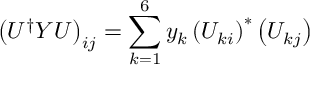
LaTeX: \left( U ^ { \dag } Y U \right) _ { i j } = \sum _ { k = 1 } ^ { 6 } y _ { k } \left( U _ { k i } \right) ^ { * } \left( U _ { k j } \right)